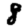
Digit: 8